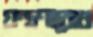
যন্ত্রণাবোধ